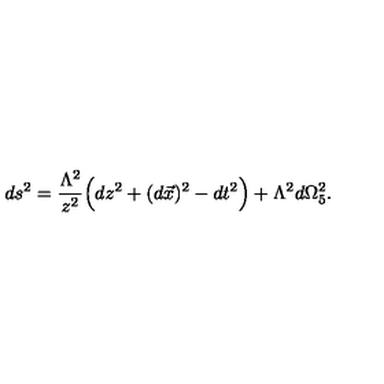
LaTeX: d s ^ { 2 } = \frac { \Lambda ^ { 2 } } { z ^ { 2 } } \Big ( d z ^ { 2 } + ( d \vec { x } ) ^ { 2 } - d t ^ { 2 } \Big ) + \Lambda ^ { 2 } d \Omega _ { 5 } ^ { 2 } .